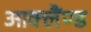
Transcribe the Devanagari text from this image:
आक्लैंण्ड